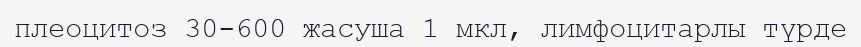
плеоцитоз 30-600 жасуша 1 мкл, лимфоцитарлы түрде